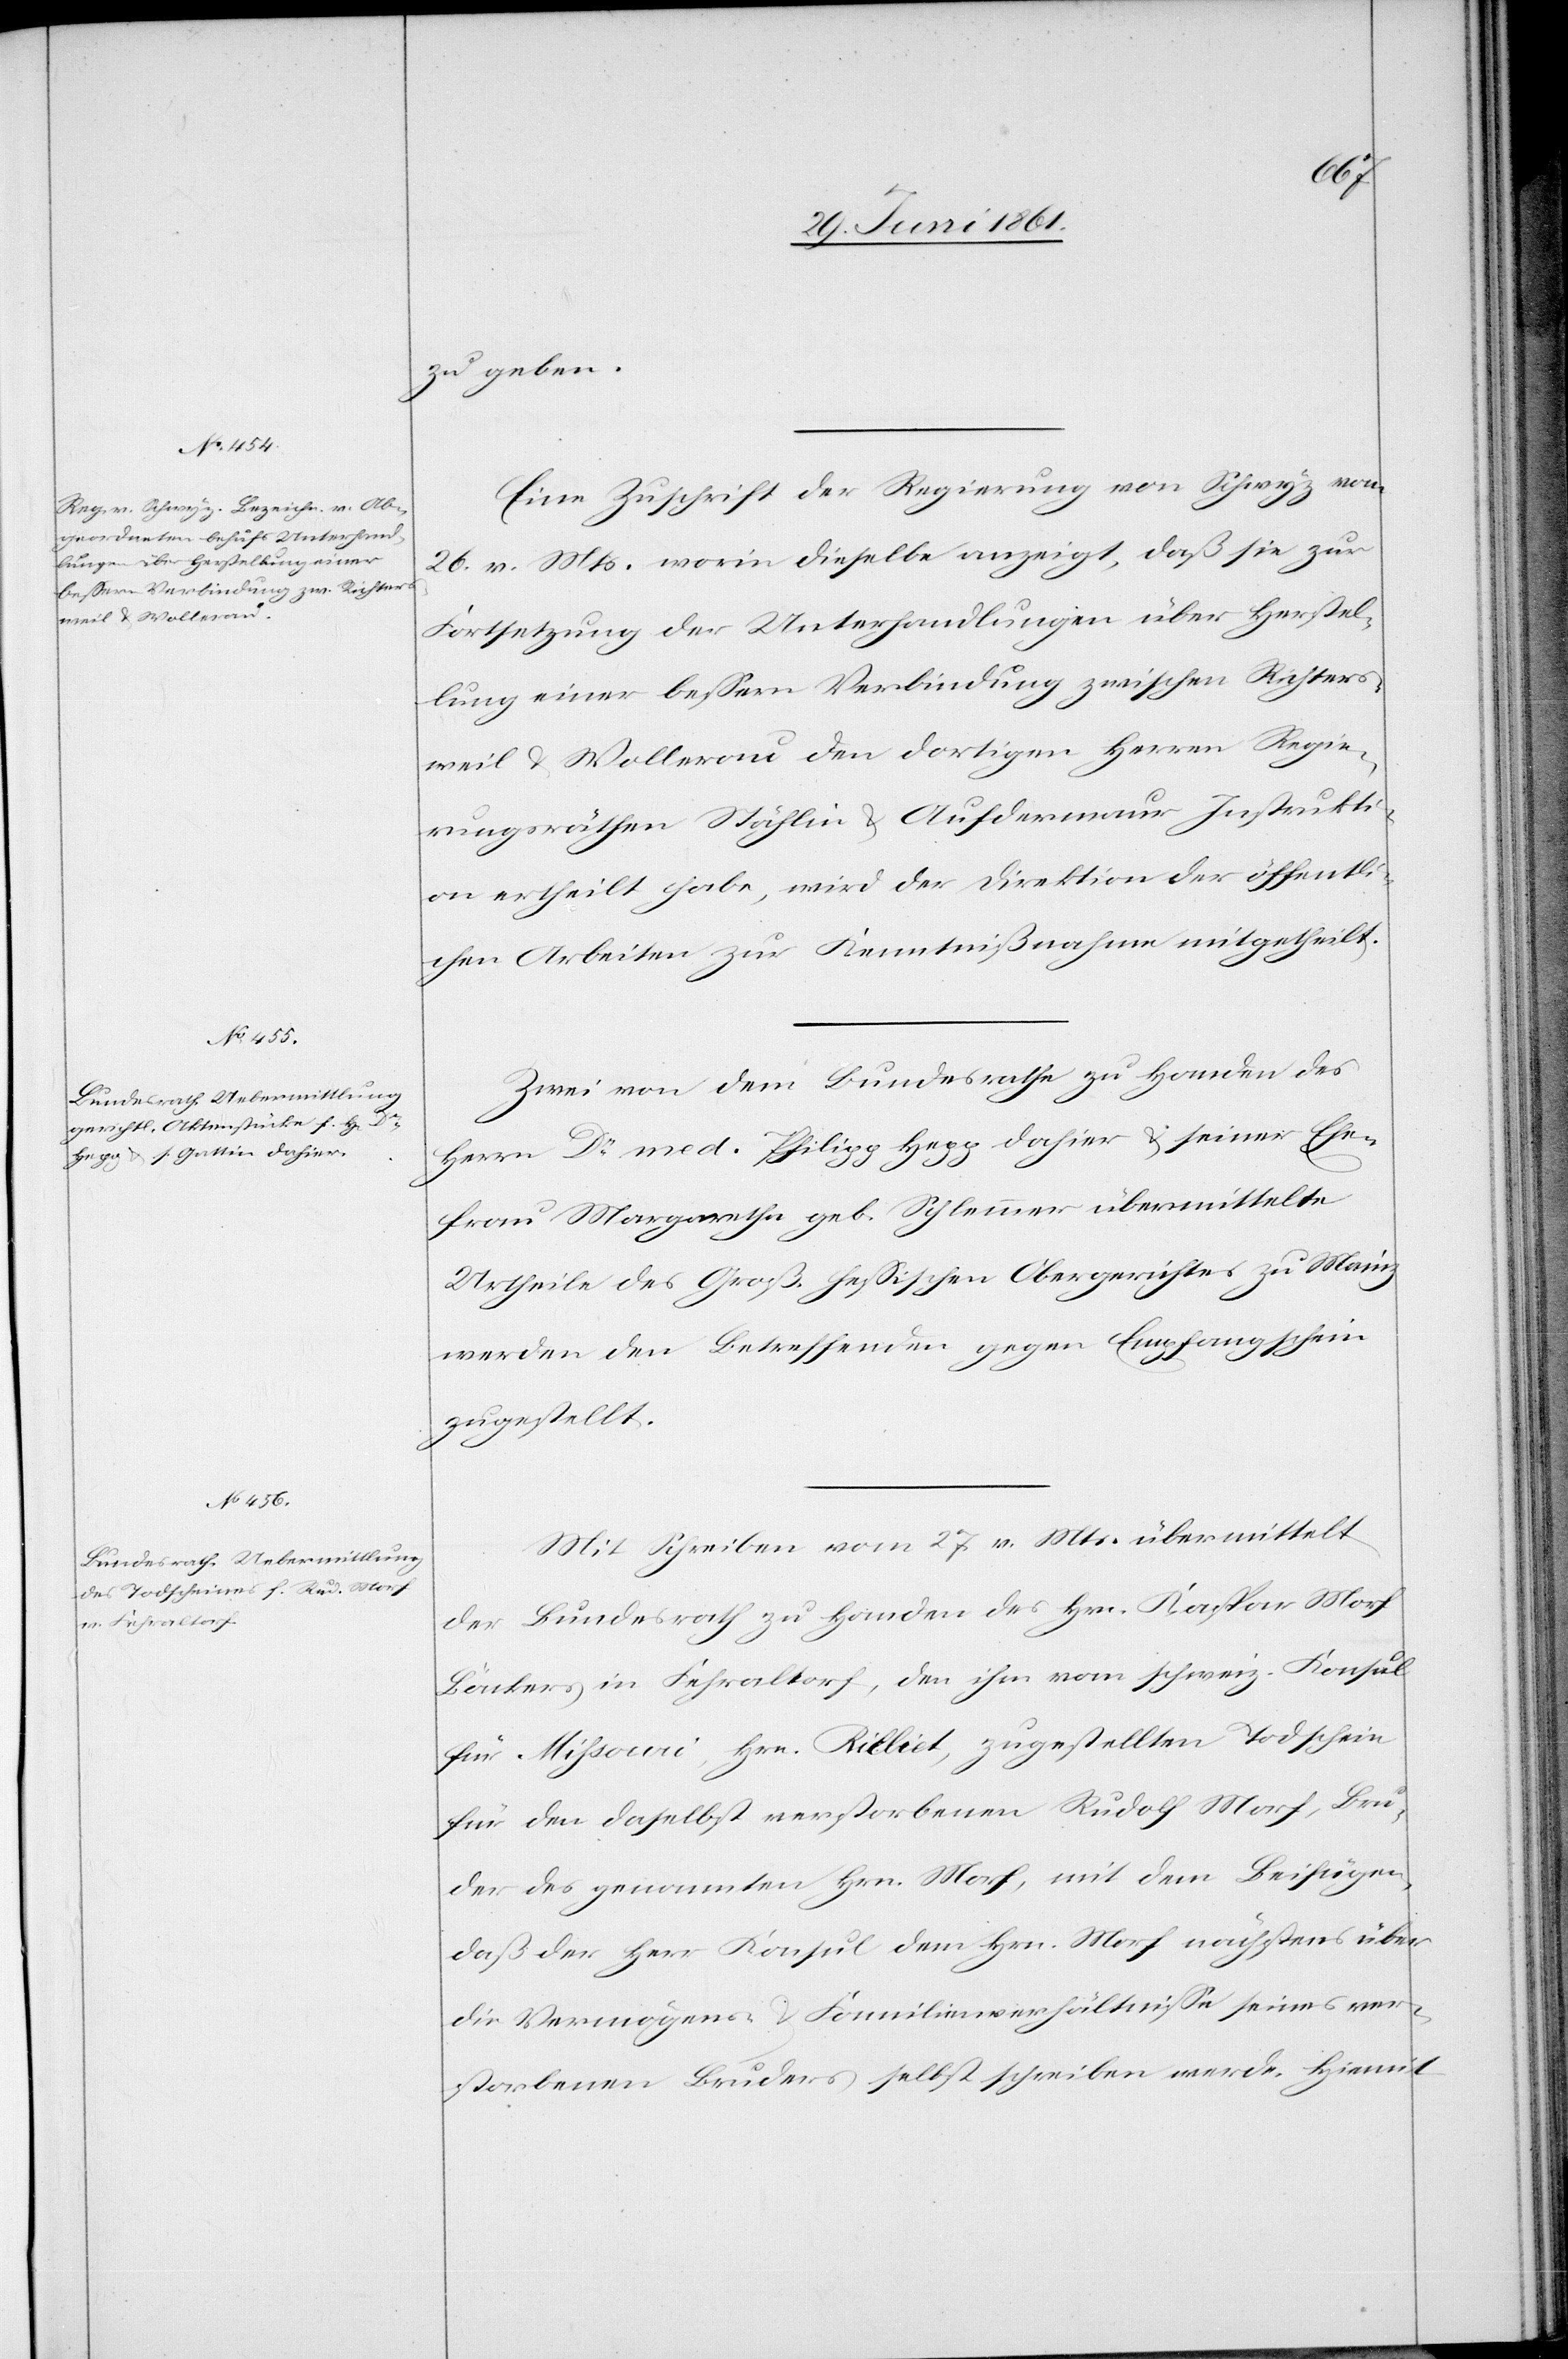
1. Juli 1861.]
zu geben.
Eine Zuschrift der Regierung von Schwyz vom
26. v. Mts. worin dieselbe anzeigt, daß sie zur
Fortsetzung der Unterhandlungen über Herstel¬
lung einer bessern Verbindung zwischen Richters¬
weil u. Wollerau den dortigen Herren Regie¬
rungsräthen Stählin u. Aufdermauer Instrukti¬
on ertheilt habe, wird der Direktion der öffentli¬
chen Arbeiten zur Kenntnißnahme mitgetheilt.
Zwei von dem Bundesrathe zu Handen des
Herrn Dr. med. Philipp Hepp dahier u. seiner Ehe¬
frau Margaretha geb. Schlemmer übermittelte
Urtheile des Groß. hessischen Obergerichtes zu Mainz
werden den Betreffenden gegen Empfangschein
zugestellt.
Mit Schreiben vom 27. v. Mts. übermittelt
der Bundesrath zu Handen des Hrn. Kaspar Morf
Bäckers in Fehraltorf, den ihm vom schweiz. Konsul
für Missoni, Hrn. Rilliet, zugestellten Todschein
für den daselbst verstorbenen Rudolf Morf, Bru¬
der des genannten Hrn. Morf, mit dem Beifügen,
daß der Herr Konsul dem Hrn. Morf nächstens über
die Vermögens- u. Familienverhältnisse seines ver¬
storbenen Bruders selbst schreiben werde. Hiemit